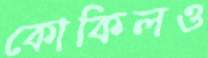
কোকিলও